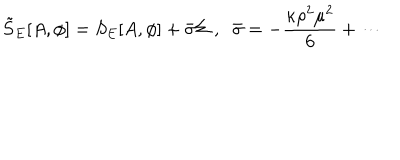
\tilde { S } _ { E } [ A , \phi ] = S _ { E } [ A , \phi ] + \bar { \sigma } \Sigma \; , \; \; \bar { \sigma } = - \frac { \kappa \rho ^ { 2 } \mu ^ { 2 } } { 6 } + \cdots